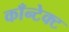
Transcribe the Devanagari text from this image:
काँन्टेक्ट